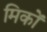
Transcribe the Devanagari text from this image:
मिकों